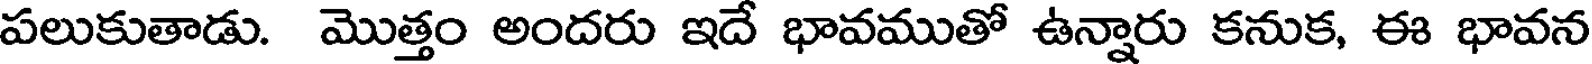
పలుకుతాడు. మొత్తం అందరు ఇదే భావముతో ఉన్నారు కనుక, ఈ భావన